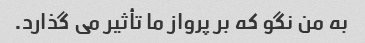
به من نگو ​​که بر پرواز ما تأثیر می گذارد.